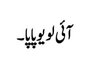
آئی لو یو پاپا۔